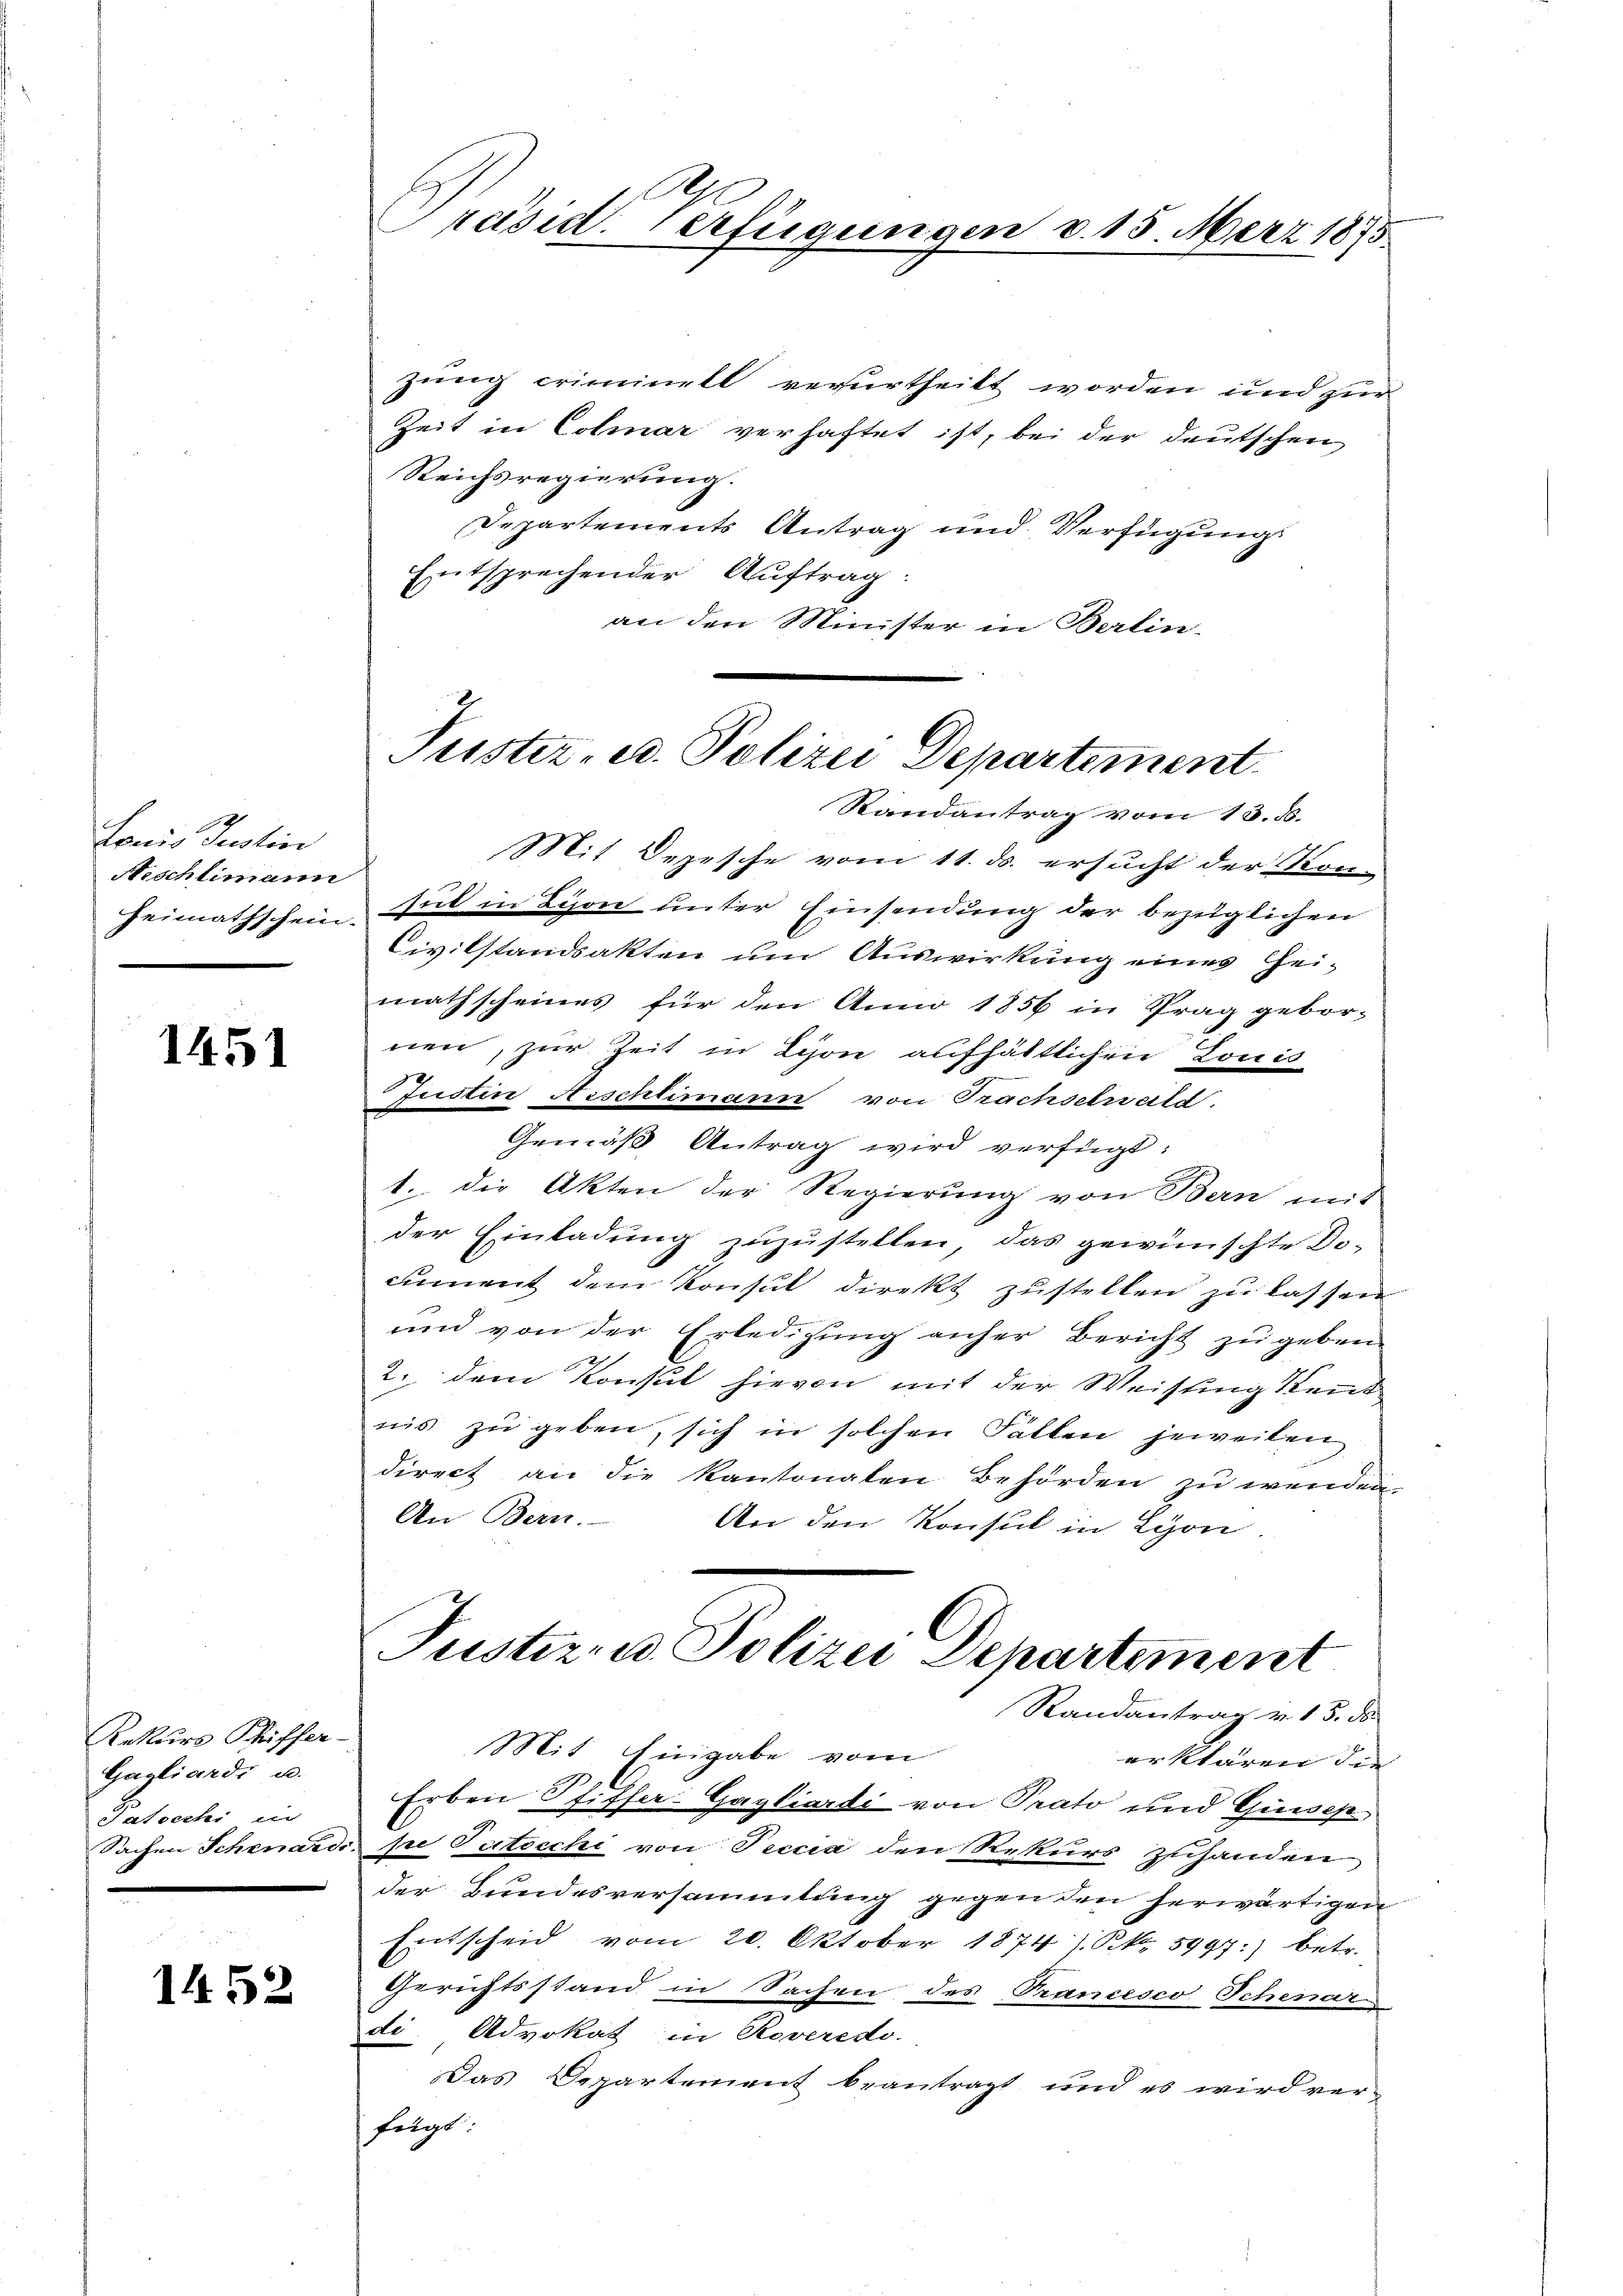
Lonis Justin
Neschlimann
Heimathschein.

1451

Rekurs Schiffer
Gagliardi u.
Satrech in
Sachen Schenare

1452

zung criminell verurtheilt worden und zur
Zeit in Colmar verhaftet ist, bei der deutschen
Reichsregierung.
Departements Antrag und Verfügung
Entsprechender Auftrag:
an den Minister in Berlin-

räsid. Verfügungen v. 15. März 1875

Puster, u. Polizei Departement

Randantrag vom 13. d.
Mit Depesche vom 11. ds. ersucht der Kon-
sut in Lyon unter Einsendung der bezüglichen
Civilstandsakten um Auswirkung eines Heimathscheines für den Anno 1856 in Prag gebor-
nen, zur Zeit in Lyon aufhältlichen Louis
Justin Neschlimann von Prachserweild.
Gemäß Antrag wird verfügt:
1. die Akten der Regierung von Bern mit
der Einladung zuzustellen, das gewünschte Do-
cument dem Konsul direkt zustellen zu lassen
und von der Erledigung anher Bericht zu geben.
2. dem Konsul hievon mit der Weistung Kennt
nis zu geben, sich in solchen Fällen jeweilen
direct an die Kantonalen Behörden zu wenden.
An Bern.
An den Konsul in Lyon.
Justiz- u. Polizei Departement
Randantrag v. 15. ds.
Mit Eingabe vom
erklären die
Erben Pfiffer-Gagliardi von Prato und Guisep
pe Patocchi von Peccia den Rekurs zuhanden
der Bundesversammlung gegen den herwärtigen
Entscheid vom 20. Oktober 1874). Pkt. 5997.) Betr.
Gerichtsstand in Sachen des Francesco Schenar
di. Advokat in Roveredo
Das Departement beantragt und es wird ver-
fügt: